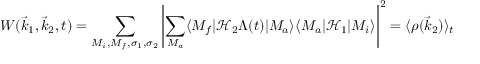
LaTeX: W ( { \vec { k } } _ { 1 } , { \vec { k } } _ { 2 } , t ) = \sum _ { M _ { i } , M _ { f } , \sigma _ { 1 } , \sigma _ { 2 } } \left| \sum _ { M _ { a } } \langle M _ { f } | { \mathcal { H } } _ { 2 } \Lambda ( t ) | M _ { a } \rangle \langle M _ { a } | { \mathcal { H } } _ { 1 } | M _ { i } \rangle \right| ^ { 2 } = \langle \rho ( { \vec { k } } _ { 2 } ) \rangle _ { t }